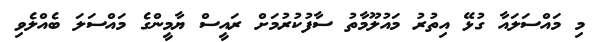
މި މައްސަލައާ ގުޅޭ އިތުރު މައުލޫމާތު ސާފުކުރުމަށް ރައީސް ޔާމީންގެ މައްސަލަ ބެއްލެވި